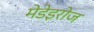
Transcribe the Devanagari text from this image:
मेडेइरोज